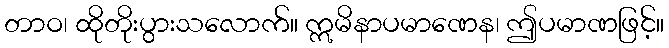
တာဝ၊ ထိုတိုးပွားသလောက်။ ဣမိနာပမာဏေန၊ ဤပမာဏဖြင့်။